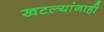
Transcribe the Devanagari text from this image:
खटल्यांनाही